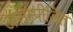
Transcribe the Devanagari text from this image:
असम्पीडित